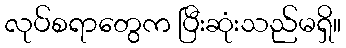
လုပ်စရာတွေက ပြီးဆုံးသည်မရှိ။